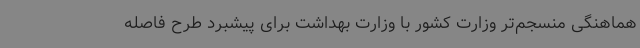
هماهنگی منسجم‌تر وزارت کشور با وزارت بهداشت برای پیشبرد طرح فاصله